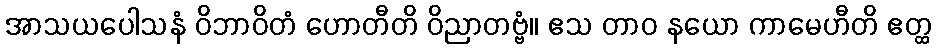
အာသယပေါသနံ ဝိဘာဝိတံ ဟောတီတိ ဝိညာတဗ္ဗံ။ ဧသ တာဝ နယော ကာမေဟီတိ ဧတ္ထ